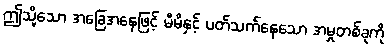
ဤသို့သော အခြေအနေဖြင့် မိမိနှင့် ပတ်သက်နေသော အမှုတစ်ခုကို